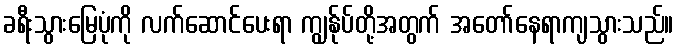
ခရီးသွားမြေပုံကို လက်ဆောင်ပေးရာ ကျွန်ုပ်တို့အတွက် အတော်နေရာကျသွားသည်။